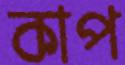
কাপ